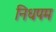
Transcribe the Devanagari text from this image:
निधपम